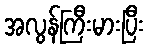
အလွန်ကြီးမားပြီး